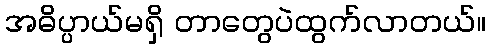
အဓိပ္ပာယ်မရှိ တာတွေပဲထွက်လာတယ်။